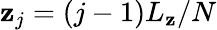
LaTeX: \mathbf{z}_{j}=(j-1)L_{\mathbf{z}}/N